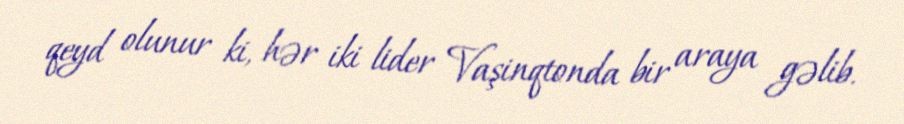
qeyd olunur ki, hər iki lider Vaşinqtonda bir araya gəlib.